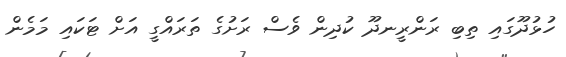
ހުޅުދޫގައި ތިބި ރަންރީނދޫ ކުދިން ވެސް ރަށުގެ ތަރައްގީ އަށް ޓަކައި މަމެން